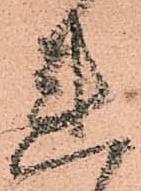
連